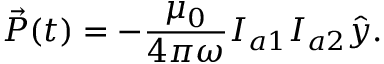
\vec { P } ( t ) = - \frac { \mu _ { 0 } } { 4 \pi \omega } I _ { a 1 } I _ { a 2 } \hat { y } .